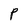
Character: P